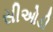
સીઓડી